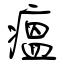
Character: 瘟